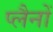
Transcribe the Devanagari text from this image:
प्लैनों